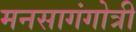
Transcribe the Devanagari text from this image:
मनसागंगोत्री